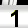
Digit: 1